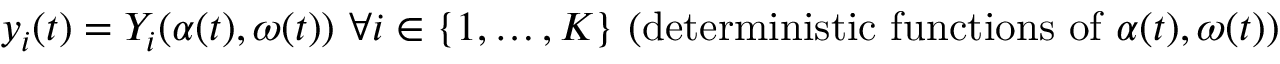
y _ { i } ( t ) = Y _ { i } ( \alpha ( t ) , \omega ( t ) ) { \mathrm { ~ } } \forall i \in \{ 1 , \ldots , K \} { \mathrm { ~ ( d e t e r m i n i s t i c ~ f u n c t i o n s ~ o f ~ } } \alpha ( t ) , \omega ( t ) { \mathrm { ) } }